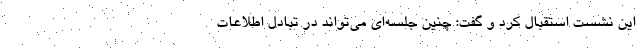
این نشست استقبال کرد و گفت: چنین جلسه‌ای می‌تواند در تبادل اطلاعات